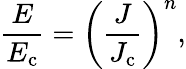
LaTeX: \frac{E}{E_{\mathrm{c}}}=\left(\frac{J}{J_{\mathrm{c}}}\right)^{n},